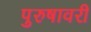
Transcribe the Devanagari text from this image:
पुरुषावरी